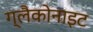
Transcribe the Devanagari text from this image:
ग्लैकोनाइट